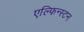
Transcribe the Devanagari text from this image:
एल्फिन्‍स्टन